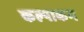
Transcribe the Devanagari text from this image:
कल्पाकम